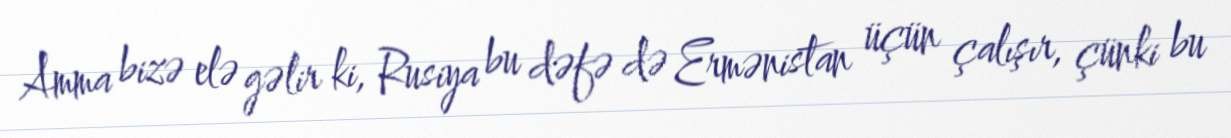
Amma bizə elə gəlir ki, Rusiya bu dəfə də Ermənistan üçün çalışır, çünki bu